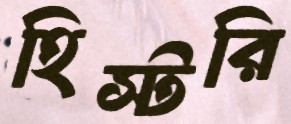
হিস্টরি